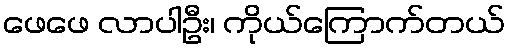
ဖေဖေ လာပါဦး၊ ကိုယ်ကြောက်တယ်